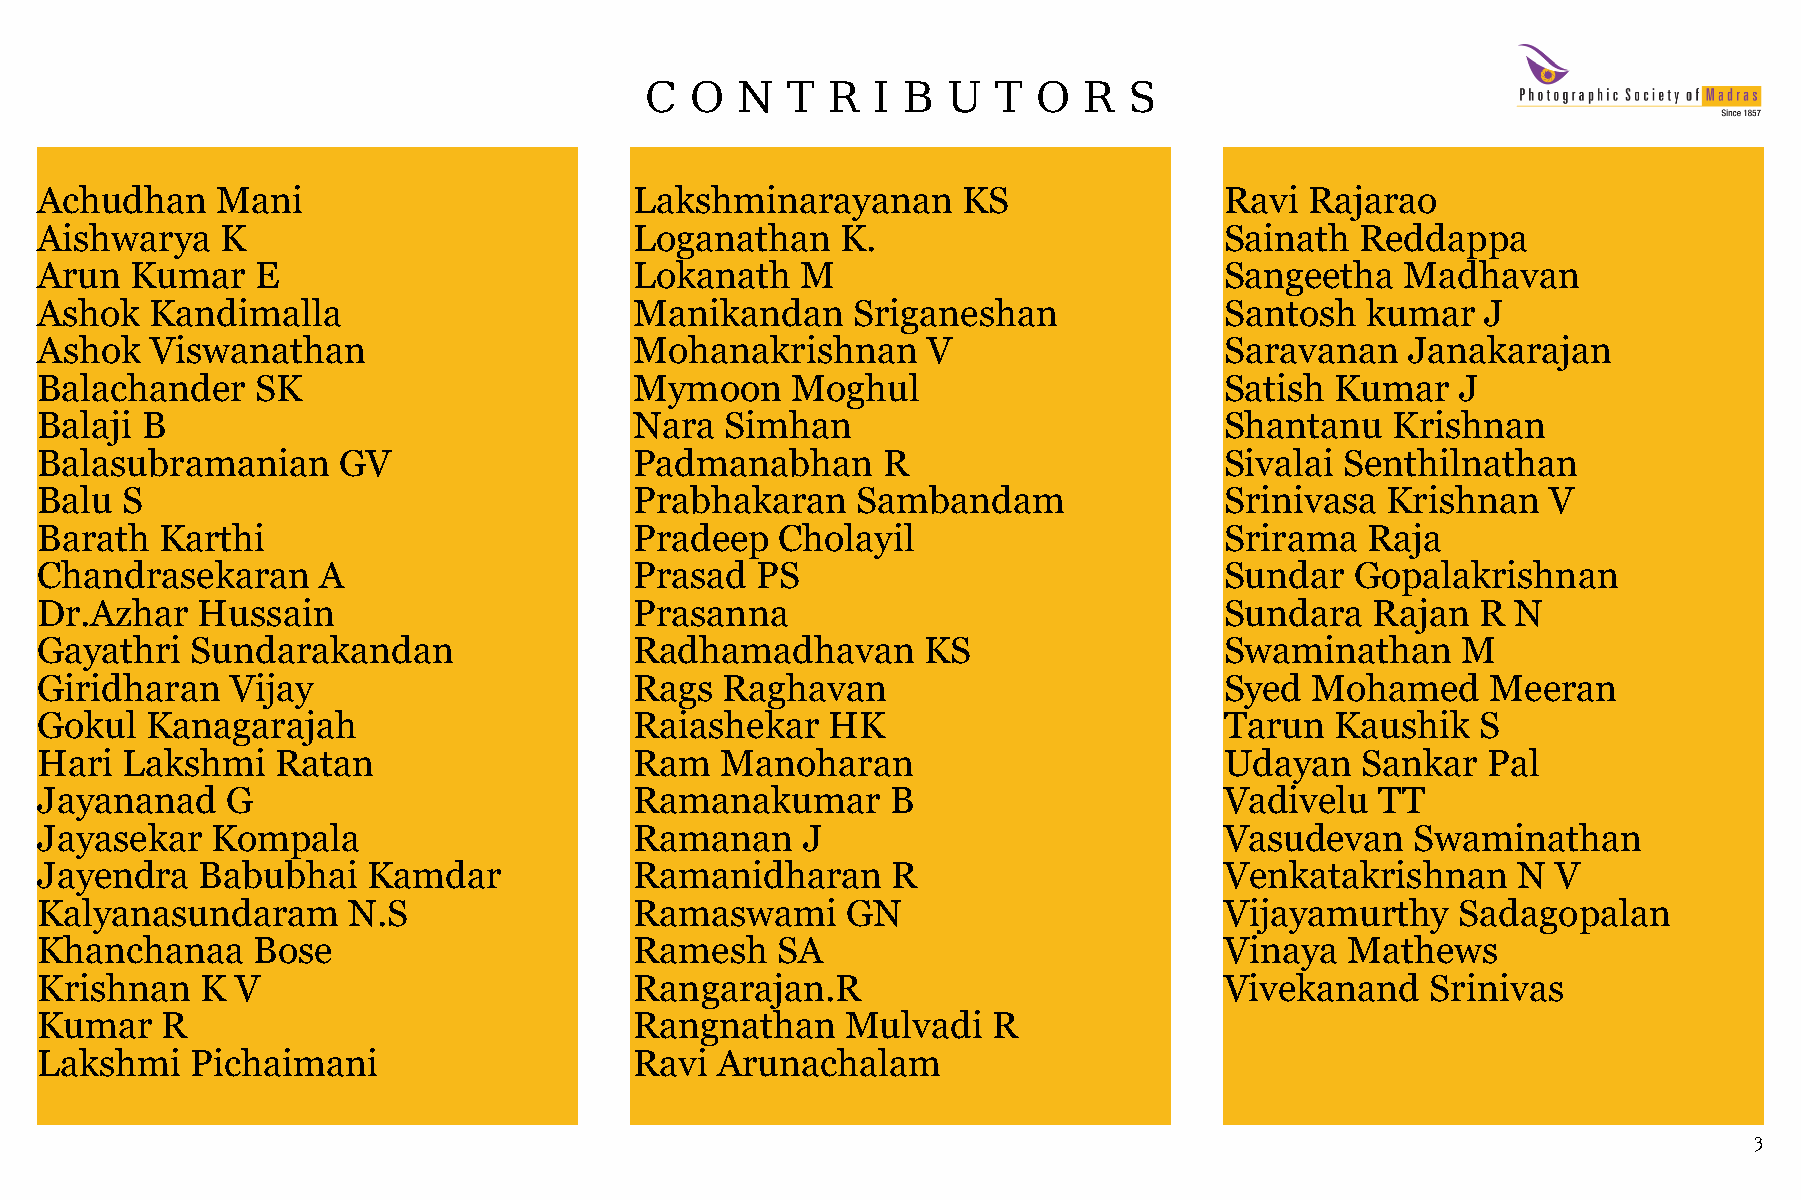
C  O  N  T  R  I B  U  T  O  R  S
 Achudhan    Mani                        Lakshminarayanan      KS               Ravi  Rajarao
 Aishwarya    K                          Loganathan    K.                       Sainath  Reddappa
 Arun   Kumar   E                        Lokanath   M                           Sangeetha   Madhavan
 Ashok   Kandimalla                      Manikandan    Sriganeshan              Santosh  kumar   J
 Ashok   Viswanathan                     Mohanakrishnan     V                   Saravanan   Janakarajan
 Balachander    SK                       Mymoon    Moghul                       Satish Kumar    J
 Balaji B                                Nara  Simhan                           Shantanu   Krishnan
 Balasubramanian     GV                  Padmanabhan     R                      Sivalai Senthilnathan
 Balu  S                                 Prabhakaran    Sambandam               Srinivasa  Krishnan  V
 Barath   Karthi                         Pradeep   Cholayil                     Srirama  Raja
 Chandrasekaran     A                    Prasad  PS                             Sundar   Gopalakrishnan
 Dr.Azhar   Hussain                      Prasanna                               Sundara   Rajan  R N
 Gayathri   Sundarakandan                Radhamadhavan      KS                  Swaminathan     M
 Giridharan   Vĳay                       Rags  Raghavan                         Syed  Mohamed     Meeran
 Gokul   Kanagarajah                     Raiashekar   HK                        Tarun  Kaushik   S
 Hari  Lakshmi   Ratan                   Ram   Manoharan                        Udayan   Sankar  Pal
 Jayananad    G                          Ramanakumar      B                     Vadivelu  TT
 Jayasekar   Kompala                     Ramanan    J                           Vasudevan    Swaminathan
 Jayendra   Babubhai   Kamdar            Ramanidharan     R                     Venkatakrishnan    N  V
 Kalyanasundaram      N.S                Ramaswami     GN                       Vĳayamurthy     Sadagopalan
 Khanchanaa     Bose                     Ramesh   SA                            Vinaya  Mathews
 Krishnan   K  V                         Rangarajan.R                           Vivekanand    Srinivas
 Kumar    R                              Rangnathan    Mulvadi   R
 Lakshmi    Pichaimani                   Ravi Arunachalam
 3